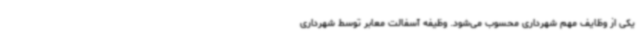
یکی از وظایف مهم شهرداری محسوب می‌شود. وظیفه آسفالت معابر توسط شهرداری